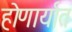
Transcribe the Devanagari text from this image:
होणार्यात